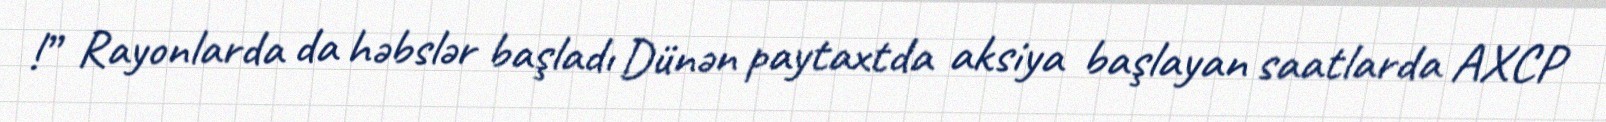
!” Rayonlarda da həbslər başladı Dünən paytaxtda aksiya başlayan saatlarda AXCP